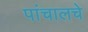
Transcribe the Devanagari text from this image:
पांचालचे